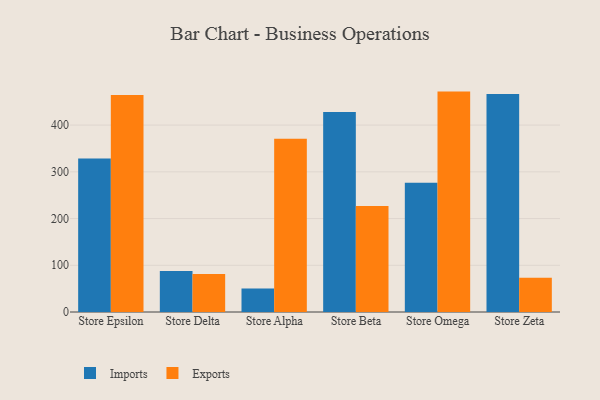
{"axis": {"x": "Store", "y": "Energy Usage (MWh)"}, "legend": ["Exports", "Imports"], "data": [{"x": "Store Epsilon", "y": 328.7, "type": "Imports"}, {"x": "Store Epsilon", "y": 464.5, "type": "Exports"}, {"x": "Store Delta", "y": 88.0, "type": "Imports"}, {"x": "Store Delta", "y": 81.5, "type": "Exports"}, {"x": "Store Alpha", "y": 50.3, "type": "Imports"}, {"x": "Store Alpha", "y": 370.6, "type": "Exports"}, {"x": "Store Beta", "y": 428.0, "type": "Imports"}, {"x": "Store Beta", "y": 226.8, "type": "Exports"}, {"x": "Store Omega", "y": 276.8, "type": "Imports"}, {"x": "Store Omega", "y": 471.7, "type": "Exports"}, {"x": "Store Zeta", "y": 466.7, "type": "Imports"}, {"x": "Store Zeta", "y": 73.2, "type": "Exports"}]}